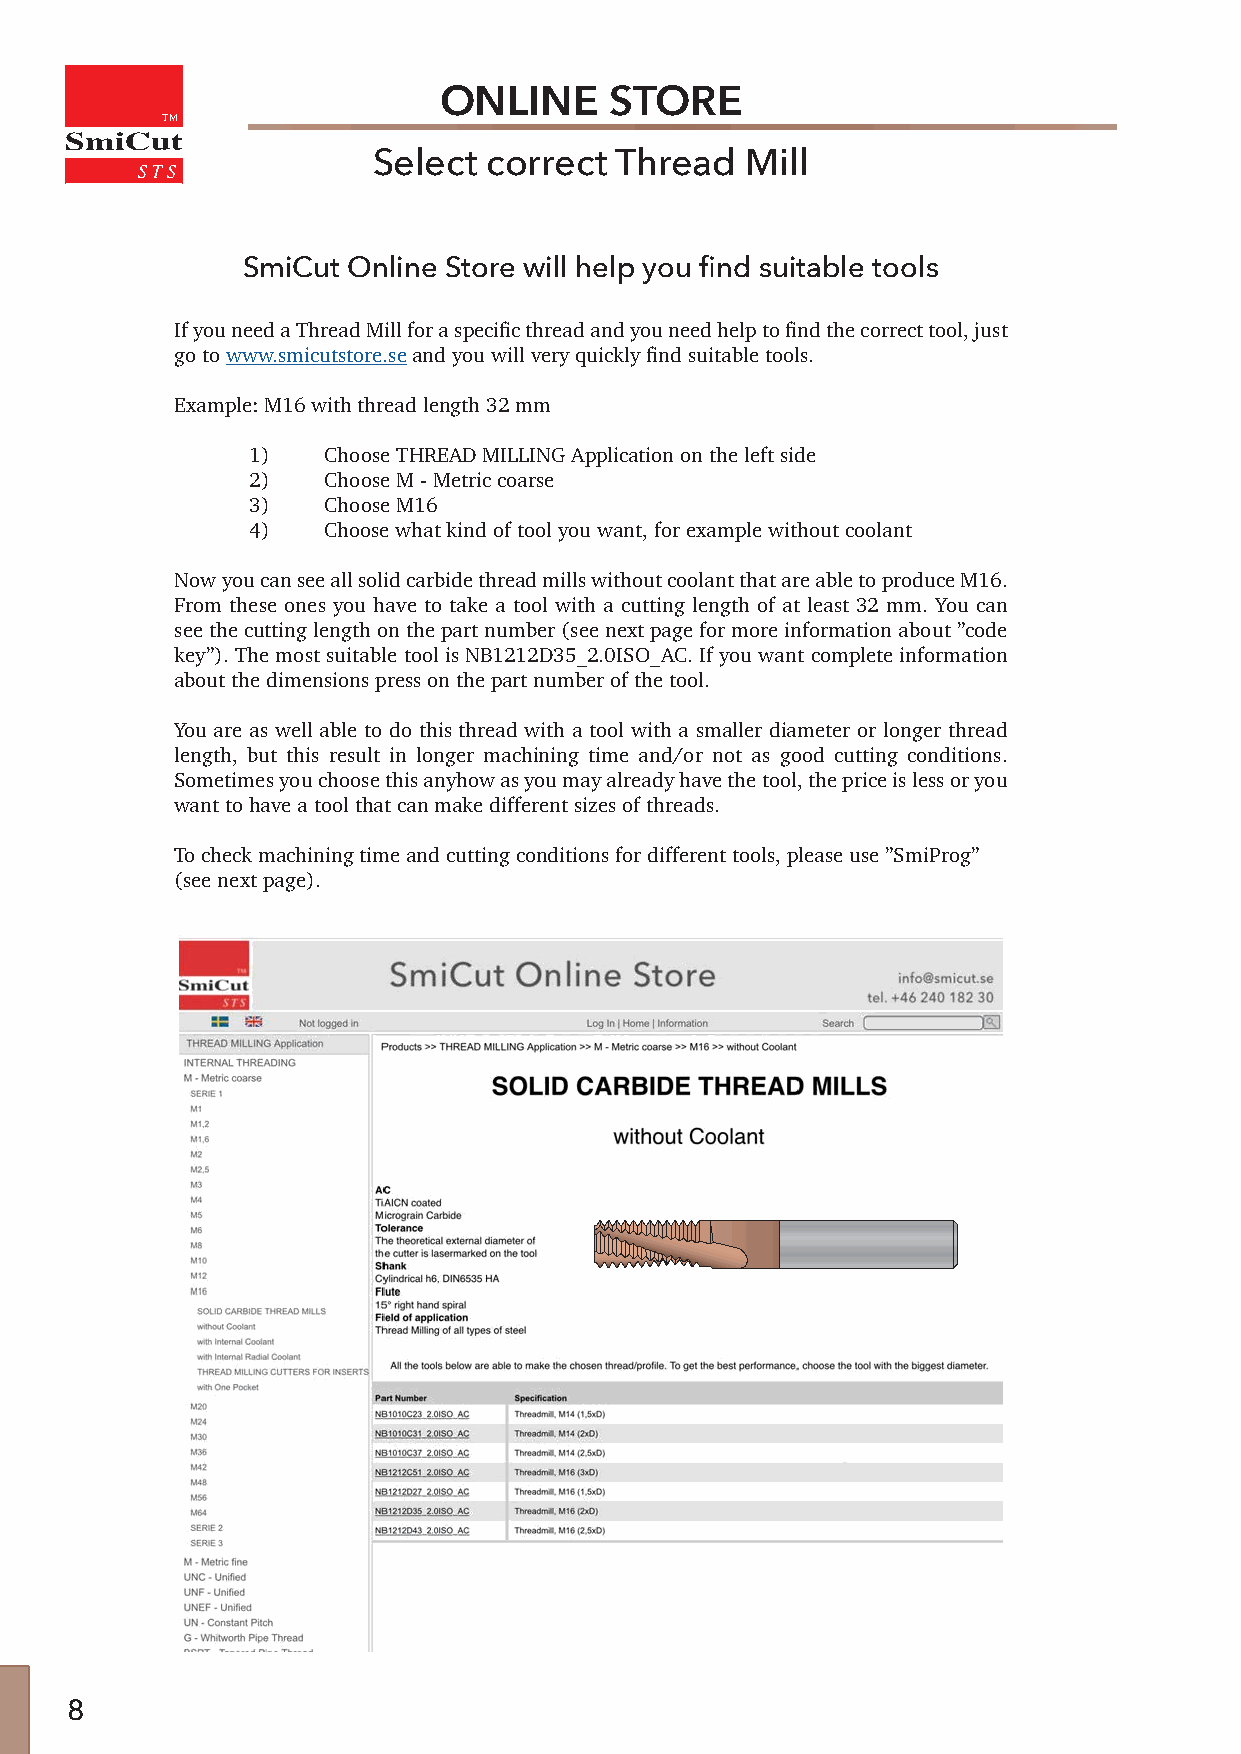
ONLINE     STORE
 TM
 SmiCut
 Select correct  Thread  Mill
 SmiCut Online Store will help you find suitable tools
 If you need a Thread Mill for a specific thread and you need help to find the correct tool, just
 go to www.smicutstore.se and you will very quickly find suitable tools.
 Example: M16 with thread length 32 mm
 1)   Choose THREAD MILLING Application on the left side
 2)   Choose M - Metric coarse
 3)   Choose M16
 4)   Choose what kind of tool you want, for example without coolant
 Now you can see all solid carbide thread mills without coolant that are able to produce M16.
 From these ones you have to take a tool with a cutting length of at least 32 mm. You can
 see the cutting length on the part number (see next page for more information about ”code
 key”). The most suitable tool is NB1212D35_2.0ISO_AC. If you want complete information
 about the dimensions press on the part number of the tool.
 You are as well able to do this thread with a tool with a smaller diameter or longer thread
 length, but this result in longer machining time and/or not as good cutting conditions.
 Sometimes you choose this anyhow as you may already have the tool, the price is less or you
 want to have a tool that can make different sizes of threads.
 To check machining time and cutting conditions for different tools, please use ”SmiProg”
 (see next page).
 8